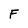
Character: F